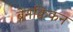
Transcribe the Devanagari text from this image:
ब्रेनक्विकन